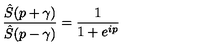
\frac { \hat { S } ( p + \gamma ) } { \hat { S } ( p - \gamma ) } = \frac { 1 } { 1 + e ^ { i p } }